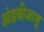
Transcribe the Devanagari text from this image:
अंडबीजाणु